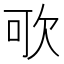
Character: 㰤